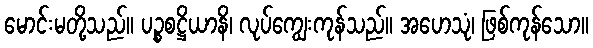
မောင်းမတို့သည်။ ပဉ္စစဋ္ဌိယာနိ၊ လုပ်ကျွေးကုန်သည်။ အဟေသုံ၊ ဖြစ်ကုန်သော။